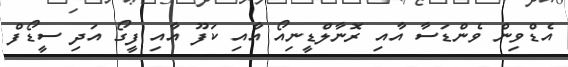
އެޑްވިން ވެންޑަސާ އާއި ރޮނާލްޑީނިއޯ އާއި ކަފޫ އާއި ފީގޯ އަދި ސީޑޯފް